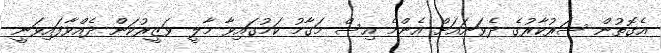
އެގޮތުން ސަރުކާރުގެ ދެވަނައަށް އެންމެ އިސް މަގާމު ކަމުގައިވާ މާލީ ވަޒީރުކަން ދެއްވާފައިވަނީ